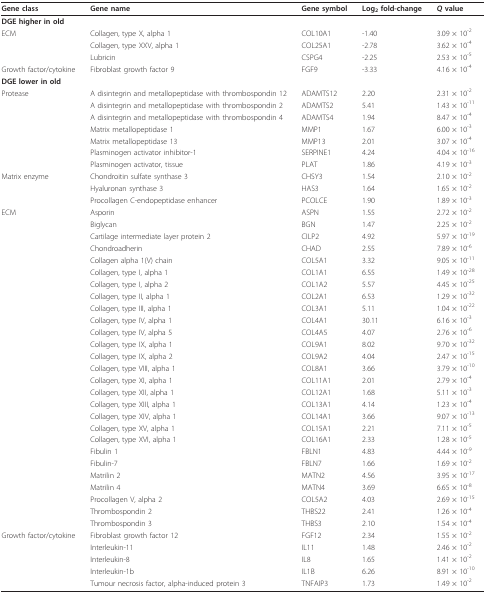
<table><thead><tr><td><b>Gene class</b></td><td><b>Gene name</b></td><td><b>Gene symbol</b></td><td><b>Log<sub>2 </sub>fold-change</b></td><td><b><i>Q </i>value</b></td></tr></thead><tbody><tr><td colspan="2"><b>DGE higher in old</b></td><td></td><td></td><td></td></tr><tr><td>ECM</td><td>Collagen, type X, alpha 1</td><td>COL10A1</td><td>-1.40</td><td>3.09 × 10<sup>-2</sup></td></tr><tr><td></td><td>Collagen, type XXV, alpha 1</td><td>COL25A1</td><td>-2.78</td><td>3.62 × 10<sup>-4</sup></td></tr><tr><td></td><td>Lubricin</td><td>CSPG4</td><td>-2.25</td><td>2.53 × 10<sup>-5</sup></td></tr><tr><td>Growth factor/cytokine</td><td>Fibroblast growth factor 9</td><td>FGF9</td><td>-3.33</td><td>4.16 × 10<sup>-4</sup></td></tr><tr><td colspan="2"><b>DGE lower in old</b></td><td></td><td></td><td></td></tr><tr><td>Protease</td><td>A disintegrin and metallopeptidase with thrombospondin 12</td><td>ADAMTS12</td><td>2.20</td><td>2.31 × 10<sup>-2</sup></td></tr><tr><td></td><td>A disintegrin and metallopeptidase with thrombospondin 2</td><td>ADAMTS2</td><td>5.41</td><td>1.43 × 10<sup>-11</sup></td></tr><tr><td></td><td>A disintegrin and metallopeptidase with thrombospondin 4</td><td>ADAMTS4</td><td>1.94</td><td>8.47 × 10<sup>-4</sup></td></tr><tr><td></td><td>Matrix metallopeptidase 1</td><td>MMP1</td><td>1.67</td><td>6.00 × 10<sup>-3</sup></td></tr><tr><td></td><td>Matrix metallopeptidase 13</td><td>MMP13</td><td>2.01</td><td>3.07 × 10<sup>-4</sup></td></tr><tr><td></td><td>Plasminogen activator inhibitor-1</td><td>SERPINE1</td><td>4.24</td><td>4.04 × 10<sup>-16</sup></td></tr><tr><td></td><td>Plasminogen activator, tissue</td><td>PLAT</td><td>1.86</td><td>4.19 × 10<sup>-3</sup></td></tr><tr><td>Matrix enzyme</td><td>Chondroitin sulfate synthase 3</td><td>CHSY3</td><td>1.54</td><td>2.10 × 10<sup>-2</sup></td></tr><tr><td></td><td>Hyaluronan synthase 3</td><td>HAS3</td><td>1.64</td><td>1.65 × 10<sup>-2</sup></td></tr><tr><td></td><td>Procollagen C-endopeptidase enhancer</td><td>PCOLCE</td><td>1.90</td><td>1.89 × 10<sup>-3</sup></td></tr><tr><td>ECM</td><td>Asporin</td><td>ASPN</td><td>1.55</td><td>2.72 × 10<sup>-2</sup></td></tr><tr><td></td><td>Biglycan</td><td>BGN</td><td>1.47</td><td>2.25 × 10<sup>-2</sup></td></tr><tr><td></td><td>Cartilage intermediate layer protein 2</td><td>CILP2</td><td>4.92</td><td>5.97 × 10<sup>-19</sup></td></tr><tr><td></td><td>Chondroadherin</td><td>CHAD</td><td>2.55</td><td>7.89 × 10<sup>-6</sup></td></tr><tr><td></td><td>Collagen alpha 1(V) chain</td><td>COL5A1</td><td>3.32</td><td>9.05 × 10<sup>-11</sup></td></tr><tr><td></td><td>Collagen, type I, alpha 1</td><td>COL1A1</td><td>6.55</td><td>1.49 × 10<sup>-28</sup></td></tr><tr><td></td><td>Collagen, type I, alpha 2</td><td>COL1A2</td><td>5.57</td><td>4.45 × 10<sup>-25</sup></td></tr><tr><td></td><td>Collagen, type II, alpha 1</td><td>COL2A1</td><td>6.53</td><td>1.29 × 10<sup>-32</sup></td></tr><tr><td></td><td>Collagen, type III, alpha 1</td><td>COL3A1</td><td>5.11</td><td>1.04 × 10<sup>-22</sup></td></tr><tr><td></td><td>Collagen, type IV, alpha 1</td><td>COL4A1</td><td>30.11</td><td>6.16 × 10<sup>-3</sup></td></tr><tr><td></td><td>Collagen, type IV, alpha 5</td><td>COL4A5</td><td>4.07</td><td>2.76 × 10<sup>-6</sup></td></tr><tr><td></td><td>Collagen, type IX, alpha 1</td><td>COL9A1</td><td>8.02</td><td>9.70 × 10<sup>-32</sup></td></tr><tr><td></td><td>Collagen, type IX, alpha 2</td><td>COL9A2</td><td>4.04</td><td>2.47 × 10<sup>-15</sup></td></tr><tr><td></td><td>Collagen, type VIII, alpha 1</td><td>COL8A1</td><td>3.66</td><td>3.79 × 10<sup>-10</sup></td></tr><tr><td></td><td>Collagen, type XI, alpha 1</td><td>COL11A1</td><td>2.01</td><td>2.79 × 10<sup>-4</sup></td></tr><tr><td></td><td>Collagen, type XII, alpha 1</td><td>COL12A1</td><td>1.68</td><td>5.11 × 10<sup>-3</sup></td></tr><tr><td></td><td>Collagen, type XIII, alpha 1</td><td>COL13A1</td><td>4.14</td><td>1.23 × 10<sup>-4</sup></td></tr><tr><td></td><td>Collagen, type XIV, alpha 1</td><td>COL14A1</td><td>3.66</td><td>9.07 × 10<sup>-13</sup></td></tr><tr><td></td><td>Collagen, type XV, alpha 1</td><td>COL15A1</td><td>2.21</td><td>7.11 × 10<sup>-5</sup></td></tr><tr><td></td><td>Collagen, type XVI, alpha 1</td><td>COL16A1</td><td>2.33</td><td>1.28 × 10<sup>-5</sup></td></tr><tr><td></td><td>Fibulin 1</td><td>FBLN1</td><td>4.83</td><td>4.44 × 10<sup>-9</sup></td></tr><tr><td></td><td>Fibulin-7</td><td>FBLN7</td><td>1.66</td><td>1.69 × 10<sup>-2</sup></td></tr><tr><td></td><td>Matrilin 2</td><td>MATN2</td><td>4.56</td><td>3.95 × 10<sup>-17</sup></td></tr><tr><td></td><td>Matrilin 4</td><td>MATN4</td><td>3.69</td><td>6.65 × 10<sup>-8</sup></td></tr><tr><td></td><td>Procollagen V, alpha 2</td><td>COL5A2</td><td>4.03</td><td>2.69 × 10<sup>-15</sup></td></tr><tr><td></td><td>Thrombospondin 2</td><td>THBS22</td><td>2.41</td><td>1.26 × 10<sup>-4</sup></td></tr><tr><td></td><td>Thrombospondin 3</td><td>THBS3</td><td>2.10</td><td>1.54 × 10<sup>-4</sup></td></tr><tr><td>Growth factor/cytokine</td><td>Fibroblast growth factor 12</td><td>FGF12</td><td>2.34</td><td>1.55 × 10<sup>-2</sup></td></tr><tr><td></td><td>Interleukin-11</td><td>IL11</td><td>1.48</td><td>2.46 × 10<sup>-2</sup></td></tr><tr><td></td><td>Interleukin-8</td><td>IL8</td><td>1.65</td><td>1.41 × 10<sup>-2</sup></td></tr><tr><td></td><td>Interleukin-1b</td><td>IL1B</td><td>6.26</td><td>8.91 × 10<sup>-10</sup></td></tr><tr><td></td><td>Tumour necrosis factor, alpha-induced protein 3</td><td>TNFAIP3</td><td>1.73</td><td>1.49 × 10<sup>-2</sup></td></tr></tbody></table>